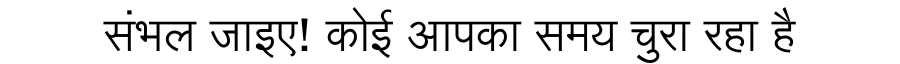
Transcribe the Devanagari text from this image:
संभल जाइए! कोई आपका समय चुरा रहा है